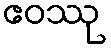
ဧဝဿု